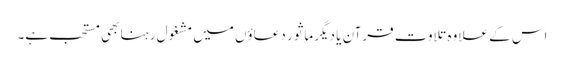
اس کے علاوہ تلاوتِ قرآن یا دیگر ماثور دعاؤں میں مشغول رہنا بھی مستحب ہے۔